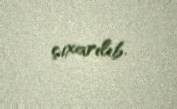
çıxarılıb.